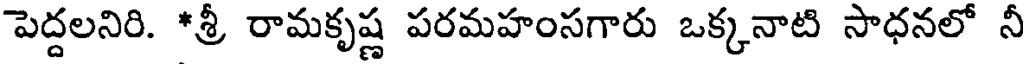
పెద్దలనిరి. *శ్రీ రామకృష్ణ పరమహంసగారు ఒక్కనాటి సాధనలో నీ